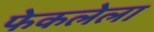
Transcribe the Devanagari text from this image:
फेकलेला